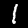
Digit: 1